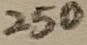
Text: 250